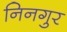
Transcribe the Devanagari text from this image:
निनगुर